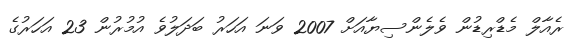
ރެއާލް މެޑްރިޑުން ވެލެންސިޔާއަށް 2007 ވަނަ އަހަރު ބަދަލުވެ އުމުރުން 23 އަހަރުގެ